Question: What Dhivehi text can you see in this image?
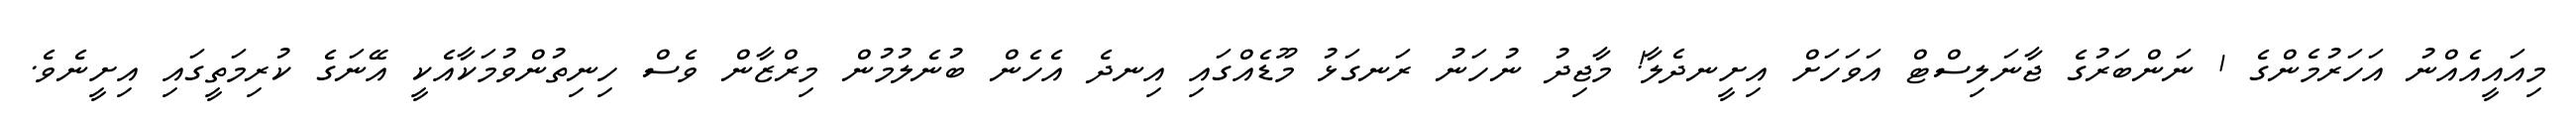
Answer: މިއައީއެއްނު އަހަރުމެންގެ 1 ނަންބަރުގެ ޖާނަލިސްޓް އަވަހަށް އިށީނދެލާ! މާޖިދު ނުހަނު ރަނގަޅު މޫޑެއްގައި އިނދެ އެހެން ބުނެލުމުން މިރްޒާން ވެސް ހިނިތުންވުމަކާއެކީ އޭނަގެ ކުރިމަތީގައި އިށީނެވެ.